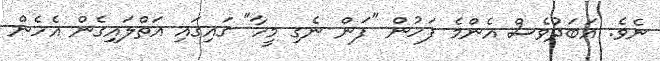
ނެވެ. އަބަދުވެސް އެންމެ ފަހުން "ފަން ނެގި މީހާ" ގައިގައި އަތްލައިގެން އެހެން